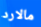
مالارد